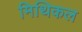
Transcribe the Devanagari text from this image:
मिथिकल